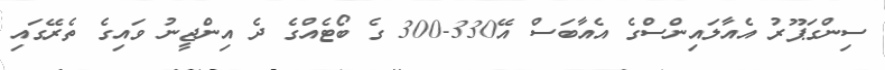
ސިންގަޕޫރު އެއާލައިންސްގެ އެއާބަސް އޭ330-300 ގެ ބޯޓެއްގެ ދެ އިންޖީނު ވައިގެ ތެރޭގައި